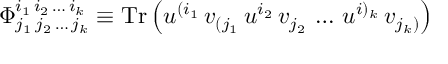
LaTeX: \Phi _ { j _ { 1 } \, j _ { 2 } \, \dots \, j _ { k } } ^ { i _ { 1 } \, i _ { 2 } \, \dots \, i _ { k } } \equiv \mathrm { T r } \left( u ^ { ( i _ { 1 } } \, v _ { ( j _ { 1 } } \, u ^ { i _ { 2 } } \, v _ { j _ { 2 } } \, \dots \, u ^ { i ) _ { k } } \, v _ { j _ { k } ) } \right)